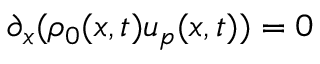
\partial _ { x } ( \rho _ { 0 } ( x , t ) u _ { p } ( x , t ) ) = 0